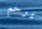
يرحم